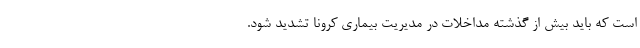
است که باید بیش از گذشته مداخلات در مدیریت بیماری کرونا تشدید شود.